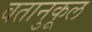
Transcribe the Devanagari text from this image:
वतानुकूल